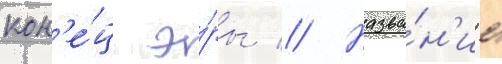
кон'е́ц э́ры // Назва́н'ие